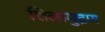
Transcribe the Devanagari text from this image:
शिलामुद्रण